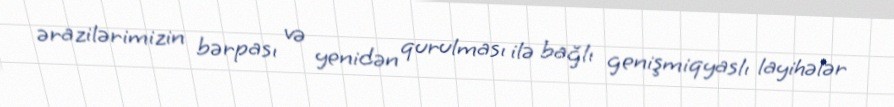
ərazilərimizin bərpası və yenidən qurulması ilə bağlı genişmiqyaslı layihələr